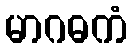
မာဂဓကံ